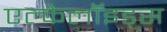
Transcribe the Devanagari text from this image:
एल्केलॉइड्स